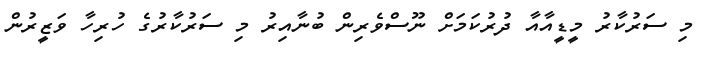
މި ސަރުކާރު މީޑީއާއާ ދުރުކަމަށް ނޫސްވެރިން ބުނާއިރު މި ސަރުކާރުގެ ހުރިހާ ވަޒީރުން